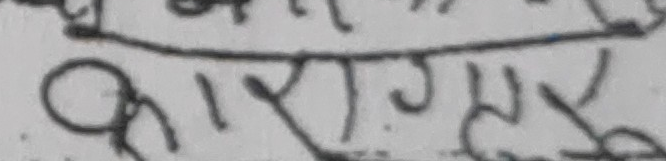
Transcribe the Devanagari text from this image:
कार्यालय